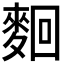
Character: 𪌦